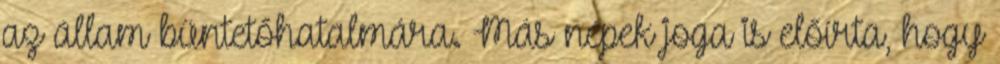
az állam büntetőhatalmára. Más népek joga is előírta, hogy